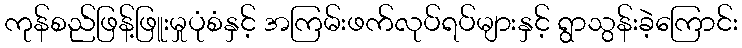
ကုန်စည်ဖြန့်ဖြူးမှုပုံစံနှင့် အကြမ်းဖက်လုပ်ရပ်များနှင့် ရွာသွန်းခဲ့ကြောင်း